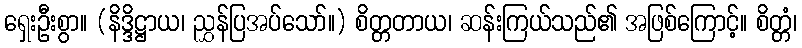
ရှေးဦးစွာ။ (နိဒ္ဒိဋ္ဌာယ၊ ညွှန်ပြအပ်သော်။) စိတ္တတာယ၊ ဆန်းကြယ်သည်၏ အဖြစ်ကြောင့်။ စိတ္တံ၊